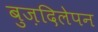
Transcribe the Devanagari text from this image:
बुज़दिलेपन